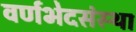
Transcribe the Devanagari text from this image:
वर्णभेदसंस्था